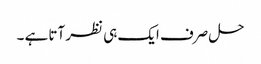
حل صرف ایک ہی نظر آتا ہے ۔